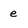
Character: e